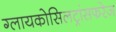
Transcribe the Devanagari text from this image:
ग्लायकोसिलट्रांसफरेज